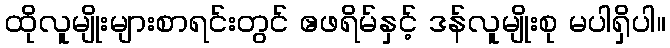
ထိုလူမျိုးများစာရင်းတွင် ဧဖရိမ်နှင့် ဒန်လူမျိုးစု မပါရှိပါ။